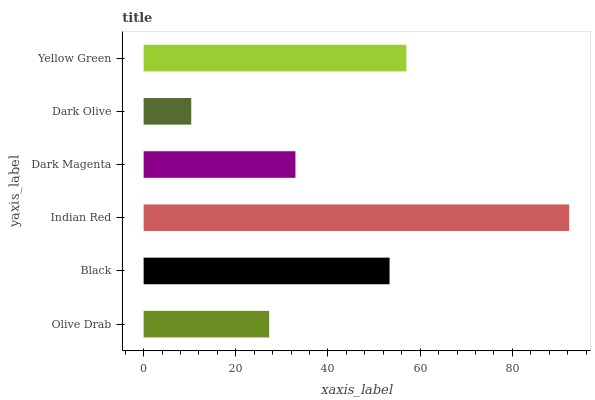
| yaxis_label | bars |
 | --- | --- |
 | Olive Drab | 27.2 |
 | Black | 53.4 |
 | Indian Red | 92.3 |
 | Dark Magenta | 32.9 |
 | Dark Olive | 10.3 |
 | Yellow Green | 57 |